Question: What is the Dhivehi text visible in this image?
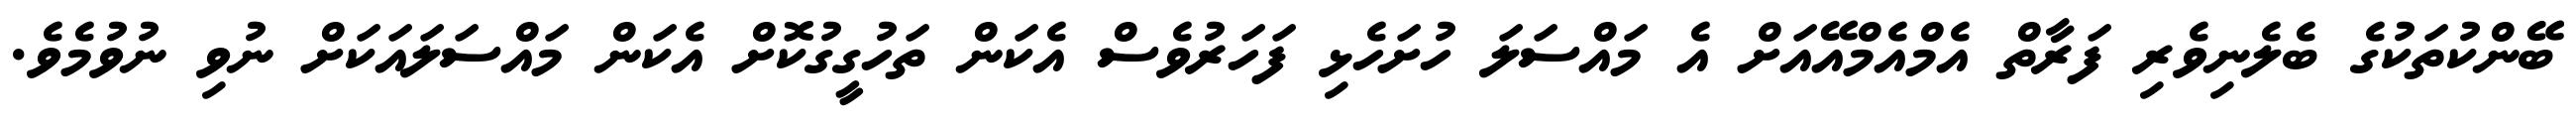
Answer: ބޭންކުތަކުގެ ބެލެނިވެރި ފަރާތް އެމްއެމްއޭއަށް އެ މައްސަލަ ހުށަހެޅި ފަހަރުވެސް އެކަން ތަހުގީގުކޮށް އެކަން މައްސަލައަކަށް ނުވި ނުވުމެވެ.